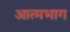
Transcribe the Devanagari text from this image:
आत्मभाग